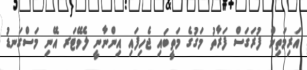
އަރިމަތިން ފުރަގަސް ފަރާތު މަގުގެ މަތީބައި ޖެހިފައި އިންނާނީ ލެވޭޓަރ އޭނި މަސްގަނޑު